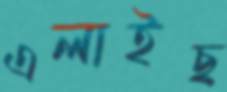
এলাইছ